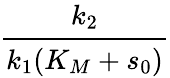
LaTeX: \cfrac{k_{2}}{k_{1}(K_{M}+s_{0})}